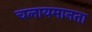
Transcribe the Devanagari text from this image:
चलायमानता